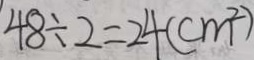
4 8 \div 2 = 2 4 ( c m ^ { 2 } )